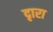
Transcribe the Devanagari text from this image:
दृारा